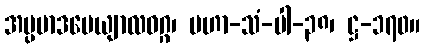
အပ္ပမာဒပေယျာလဝဂ္ဂ၊ မဟာ-သံ-ပါ-၃၈၊ ဋ္ဌ-၁၇၀။